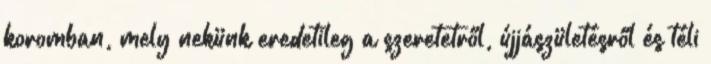
koromban, mely nekünk eredetileg a szeretetről, újjászületésről és téli